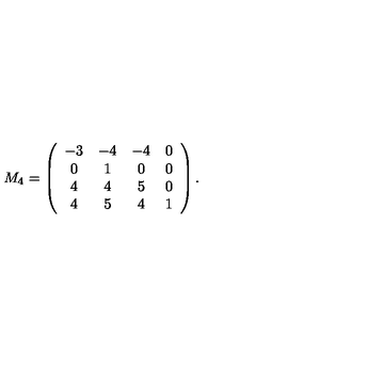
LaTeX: M _ { 4 } = \left( \begin{array} { c c c c } { - 3 } & { - 4 } & { - 4 } & { 0 } \\ { 0 } & { 1 } & { 0 } & { 0 } \\ { 4 } & { 4 } & { 5 } & { 0 } \\ { 4 } & { 5 } & { 4 } & { 1 } \\ \end{array} \right) .